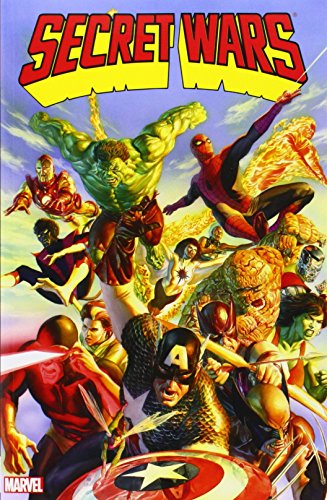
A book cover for Secret Wars; Jim Shooter; Comics & Graphic Novels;